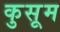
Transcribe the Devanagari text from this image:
कुसूम